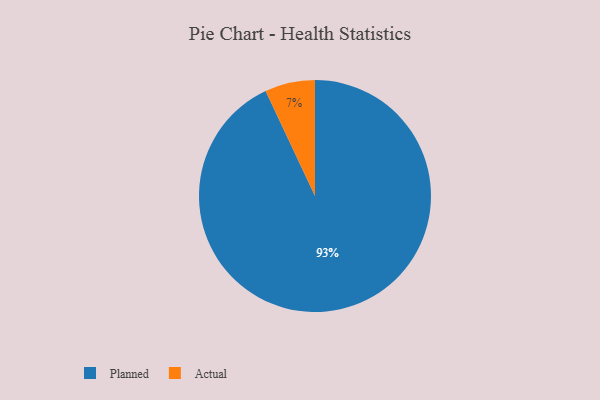
{"axis": {"x": "Category", "y": "Percentage"}, "legend": ["Actual", "Planned"], "data": [{"x": "Actual", "y": 7, "type": "Actual"}, {"x": "Planned", "y": 93, "type": "Planned"}]}